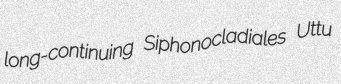
long-continuing Siphonocladiales Uttu